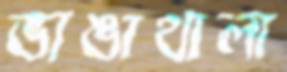
ভাঙাথালা